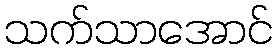
သက်သာအောင်